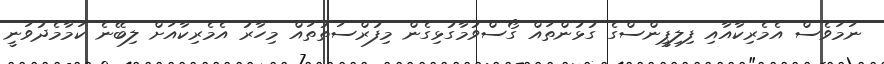
ނަމަވެސް އެމެރިކާއާއި ފިލިޕީންސްގެ ގުޅުންތައް ގޯސްވުމާގުޅިގެން މިފުރްސަތުތައް މިހާރު އެމެރިކާއަށް ލިބޭނެ ކަމާމެދުވަނީ